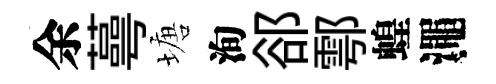
余蕚塘洵郤鄠蝗澠